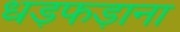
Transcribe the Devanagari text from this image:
धड़फड़ाना